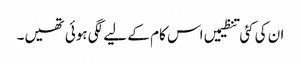
ان کی کئی تنظیمیں اس کام کے لیے لگی ہوئی تھیں۔